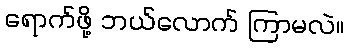
ရောက်ဖို့ ဘယ်လောက် ကြာမလဲ။